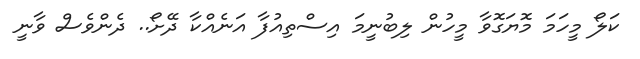
ކަލޯ މީހަމަ މޮޔަގޮވާ މީހުން ލިބުނީމަ އިސްތިއުފާ އަނެއްކާ ދޭށޯ.. ދެންވެސް ވާނީ